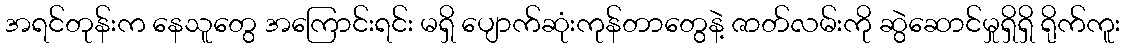
အရင်တုန်းက နေသူတွေ အကြောင်းရင်း မရှိ ပျောက်ဆုံးကုန်တာတွေနဲ့ ဇာတ်လမ်းကို ဆွဲဆောင်မှုရှိရှိ ရိုက်ကူး